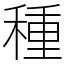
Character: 種